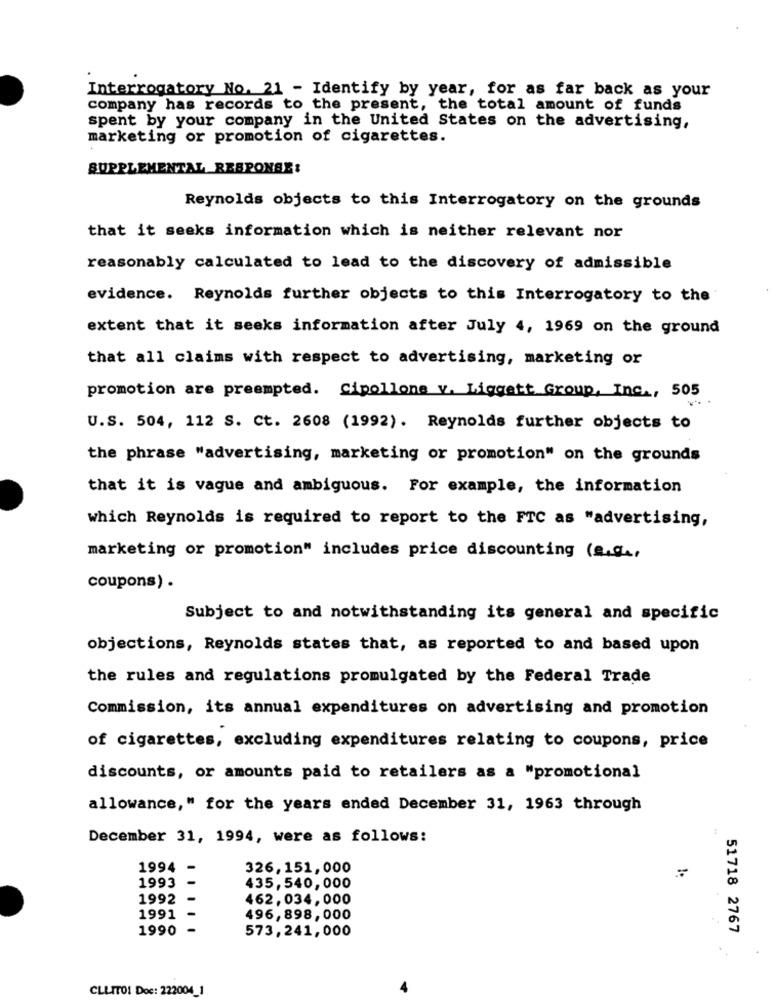
Interrogatory No. 21 - Identify by year, for as far back as your
company has records to the present, the total amount of funds
spent by your company in the United States on the advertising,
marketing or promotion of cigarettes.
SUPPLEMENTAL RESPONSE:
Reynolds objects to this Interrogatory on the grounds
that it seeks information which is neither relevant nor
reasonably calculated to lead to the discovery of admissible
evidence. Reynolds further objects to this Interrogatory to the
extent that it seeks information after July 4, 1969 on the ground
that all claims with respect to advertising, marketing or
promotion are preempted. Cipollone v. Liggett Group, Inc ., 505
U.S. 504, 112 S. Ct. 2608 (1992). Reynolds further objects to
the phrase "advertising, marketing or promotion" on the grounds
that it is vague and ambiguous. For example, the information
which Reynolds is required to report to the FTC as "advertising,
marketing or promotion" includes price discounting (e.g .,
coupons) .
Subject to and notwithstanding its general and specific
objections, Reynolds states that, as reported to and based upon
the rules and regulations promulgated by the Federal Trade
Commission, its annual expenditures on advertising and promotion
of cigarettes, excluding expenditures relating to coupons, price
discounts, or amounts paid to retailers as a "promotional
allowance," for the years ended December 31, 1963 through
December 31, 1994, were as follows:
1994 -
326,151,000
1993
435, 540, 000
1992
462,034, 000
1991
496,898,000
1990
51718 2767
573,241,000
CLLITO! Doc: 222004_1